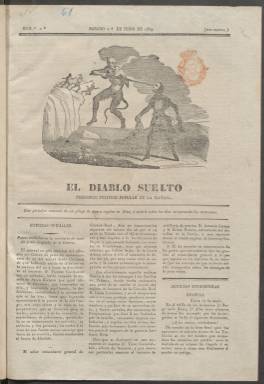
Título: El Diablo suelto
Colección: Periódicos anteriores a 1850
Ámbito geográfico: Madrid
Lugar de publicación: Madrid
Fechas: 01/06/1839-28/06/1839